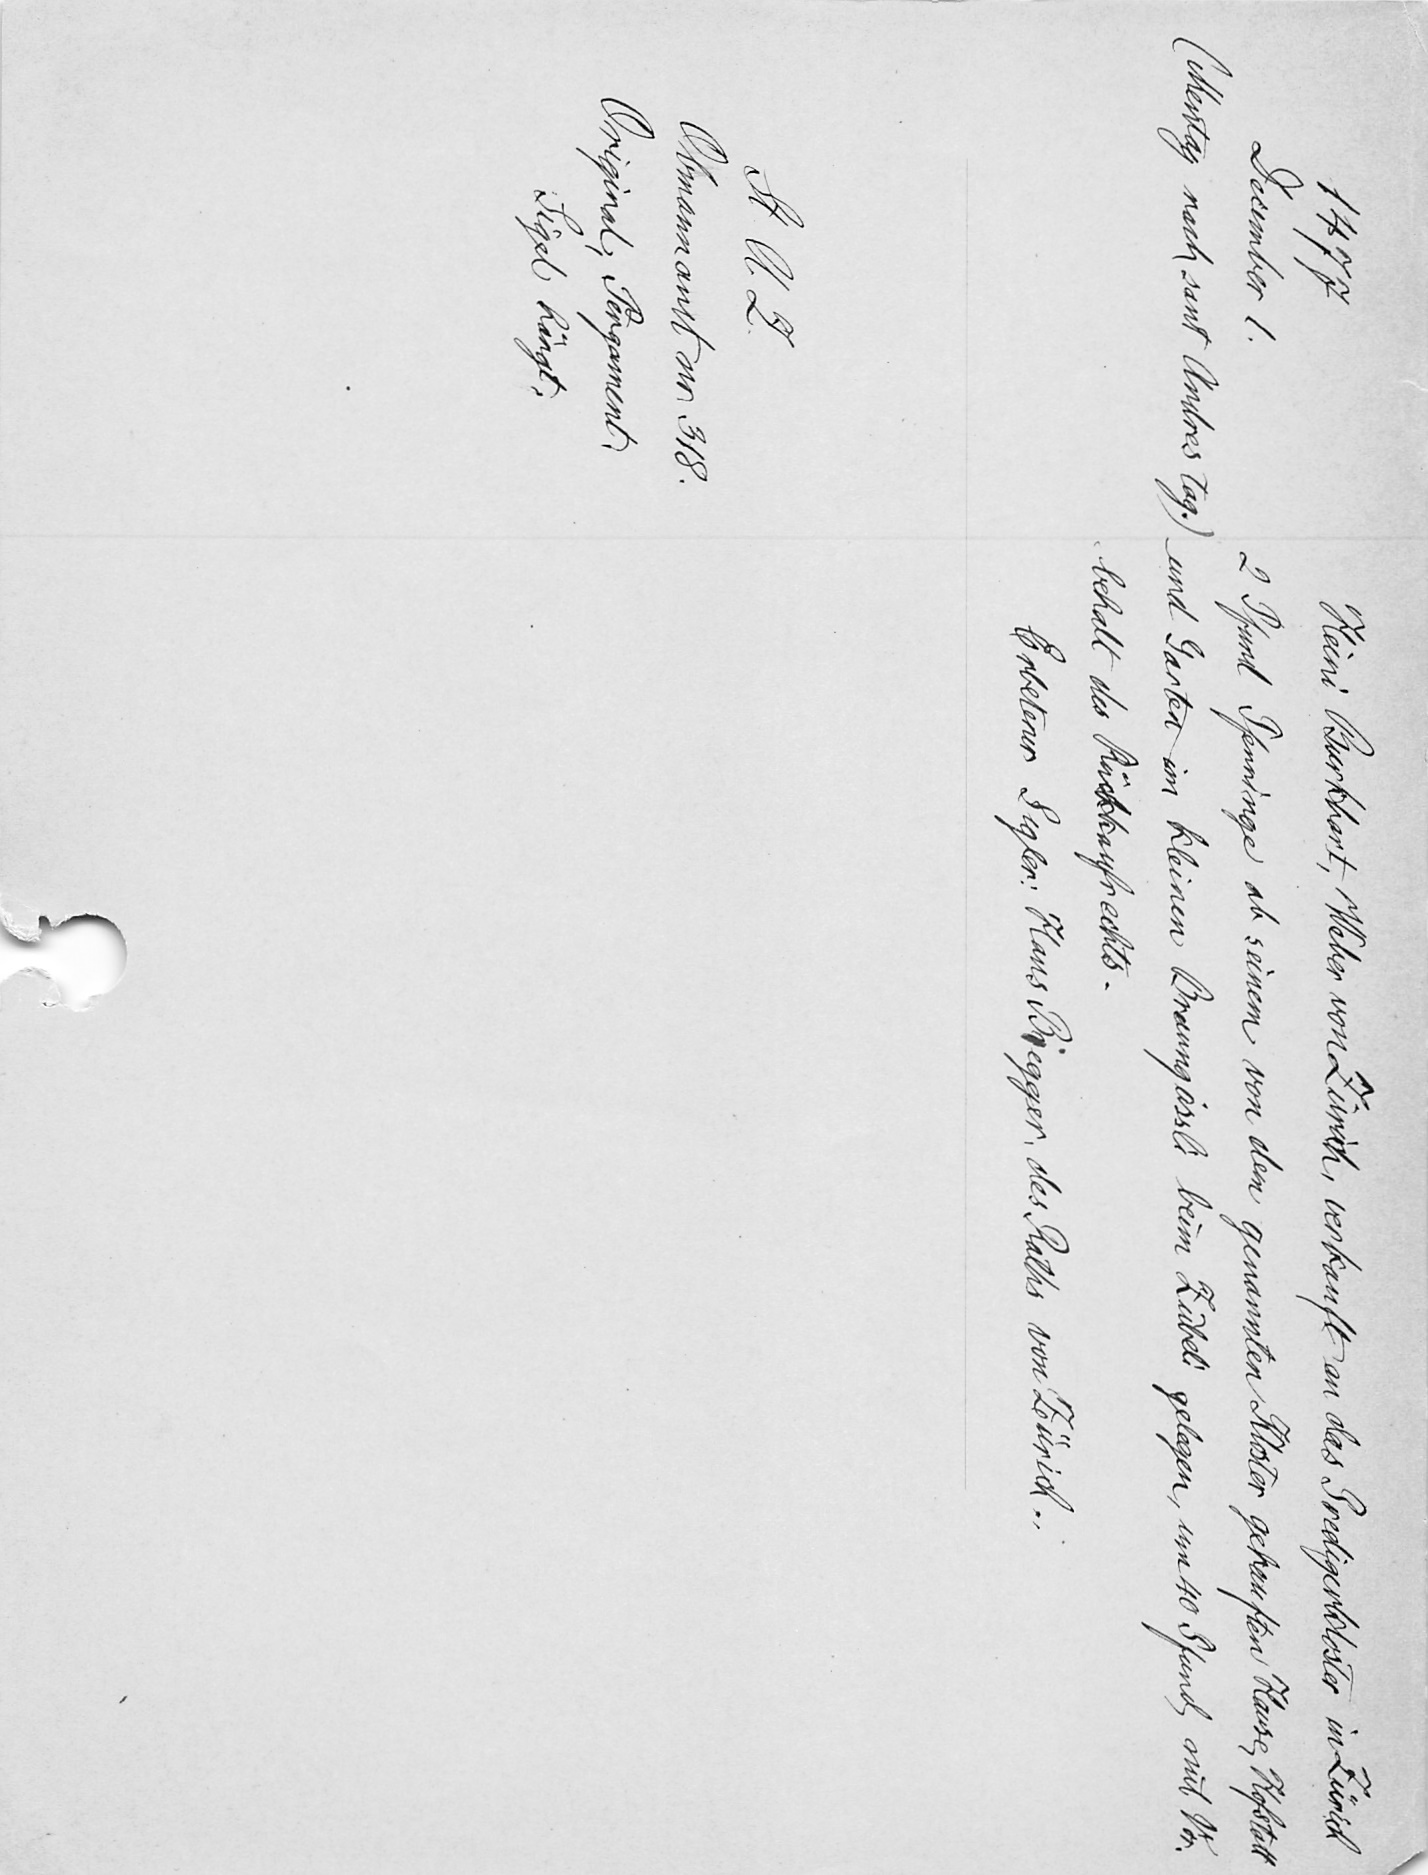
Heini Burkhart, Weber von Zürich, verkauft an das Predigerkloster in Zürich
2 Pfund Pfenninge ab seinem von dem genannten Kloster gekauften Hause, Hofstatt
und Garten im kleinen Brunngässli beim Zübeli gelegen, um 40 Pfund, mit Vor¬
behalt des Rückkaufrechts.
Erbetener Sigler: Hans Biegger, des Raths von Zürich.

1477
December 1.
(Mentag nach sant Andres tag.)
St. A. Z.
Obmannamt nr. 318.
Original, Pergament.
Sigel hängt.